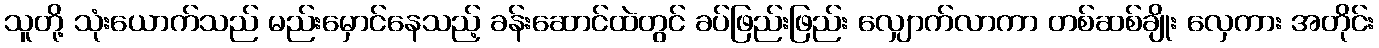
သူတို့ သုံးယောက်သည် မည်းမှောင်နေသည့် ခန်းဆောင်ထဲတွင် ခပ်ဖြည်းဖြည်း လျှောက်လာကာ တစ်ဆစ်ချိုး လှေကား အတိုင်း